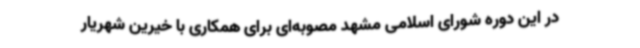
در این دوره شورای اسلامی مشهد مصوبه‌ای برای همکاری با خیرین شهریار